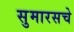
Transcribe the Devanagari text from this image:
सुमारसचे